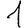
Digit: 1